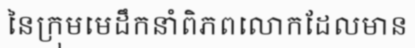
នៃក្រុមមេដឹកនាំពិភពលោកដែលមាន